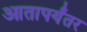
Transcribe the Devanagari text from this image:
आतापर्यंतर